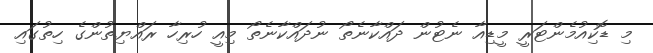
މި ޑޮކިއުމެންޓަރީ މީޑިއާ ނެޓުން ދައްކާނެތޯ ނުދައްކާނެތޯ މިއީ ހުރިހާ ރައްޔިތުންގެ ހިތުގައި